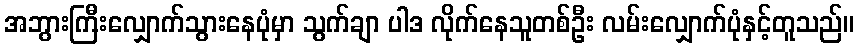
အဘွားကြီးလျှောက်သွားနေပုံမှာ သွက်ချာ ပါဒ လိုက်နေသူတစ်ဦး လမ်းလျှောက်ပုံနှင့်တူသည်။